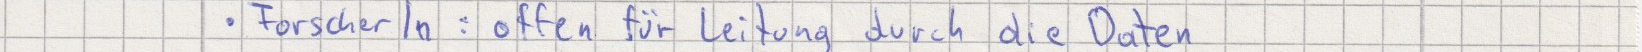
Forscher In : offen für Leitung durch die Daten